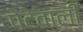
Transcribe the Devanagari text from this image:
पेटेवाली